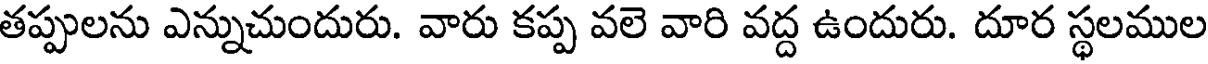
తప్పులను ఎన్నుచుందురు. వారు కప్ప వలె వారి వద్ద ఉందురు. దూర స్థలముల